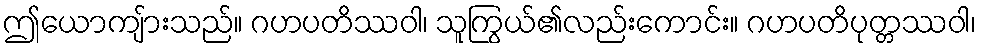
ဤယောကျ်ားသည်။ ဂဟပတိဿဝါ၊ သူကြွယ်၏လည်းကောင်း။ ဂဟပတိပုတ္တဿဝါ၊